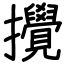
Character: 攪